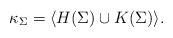
\begin{align*}\kappa_{\Sigma}=\langle H(\Sigma)\cup K(\Sigma)\rangle.\end{align*}